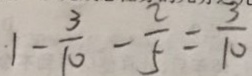
1 - \frac { 3 } { 1 0 } - \frac { 2 } { 5 } = \frac { 3 } { 1 0 }